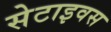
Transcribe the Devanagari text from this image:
सेटाइवस